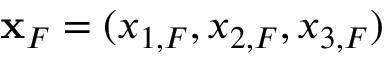
{ \bf x } _ { F } = ( x _ { 1 , F } , x _ { 2 , F } , x _ { 3 , F } )